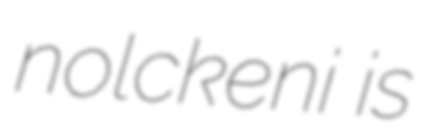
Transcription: nolckeni is